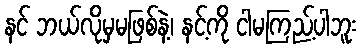
နင် ဘယ်လိုမှမဖြစ်နဲ့၊ နင့်ကို ငါမကြည့်ပါဘူး